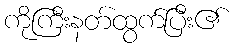
ကိုကြီးနတ်ထွက်ပြီး၏